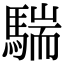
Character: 𩤚